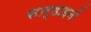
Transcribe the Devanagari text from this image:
सार्डाइनों